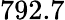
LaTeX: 792.7